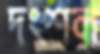
দংশল